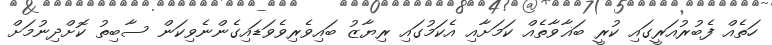
ހަތެއް ފެބުރުއަރީގައި ކުރީ ބަޣާވާތެއް ކަމަށާއި އެކަމުގައި ރިޔާޒު ބައިވެރިވެވަޑައިގެންނެވިކަން ސާބިތު ކޮށްދިނުމަށް